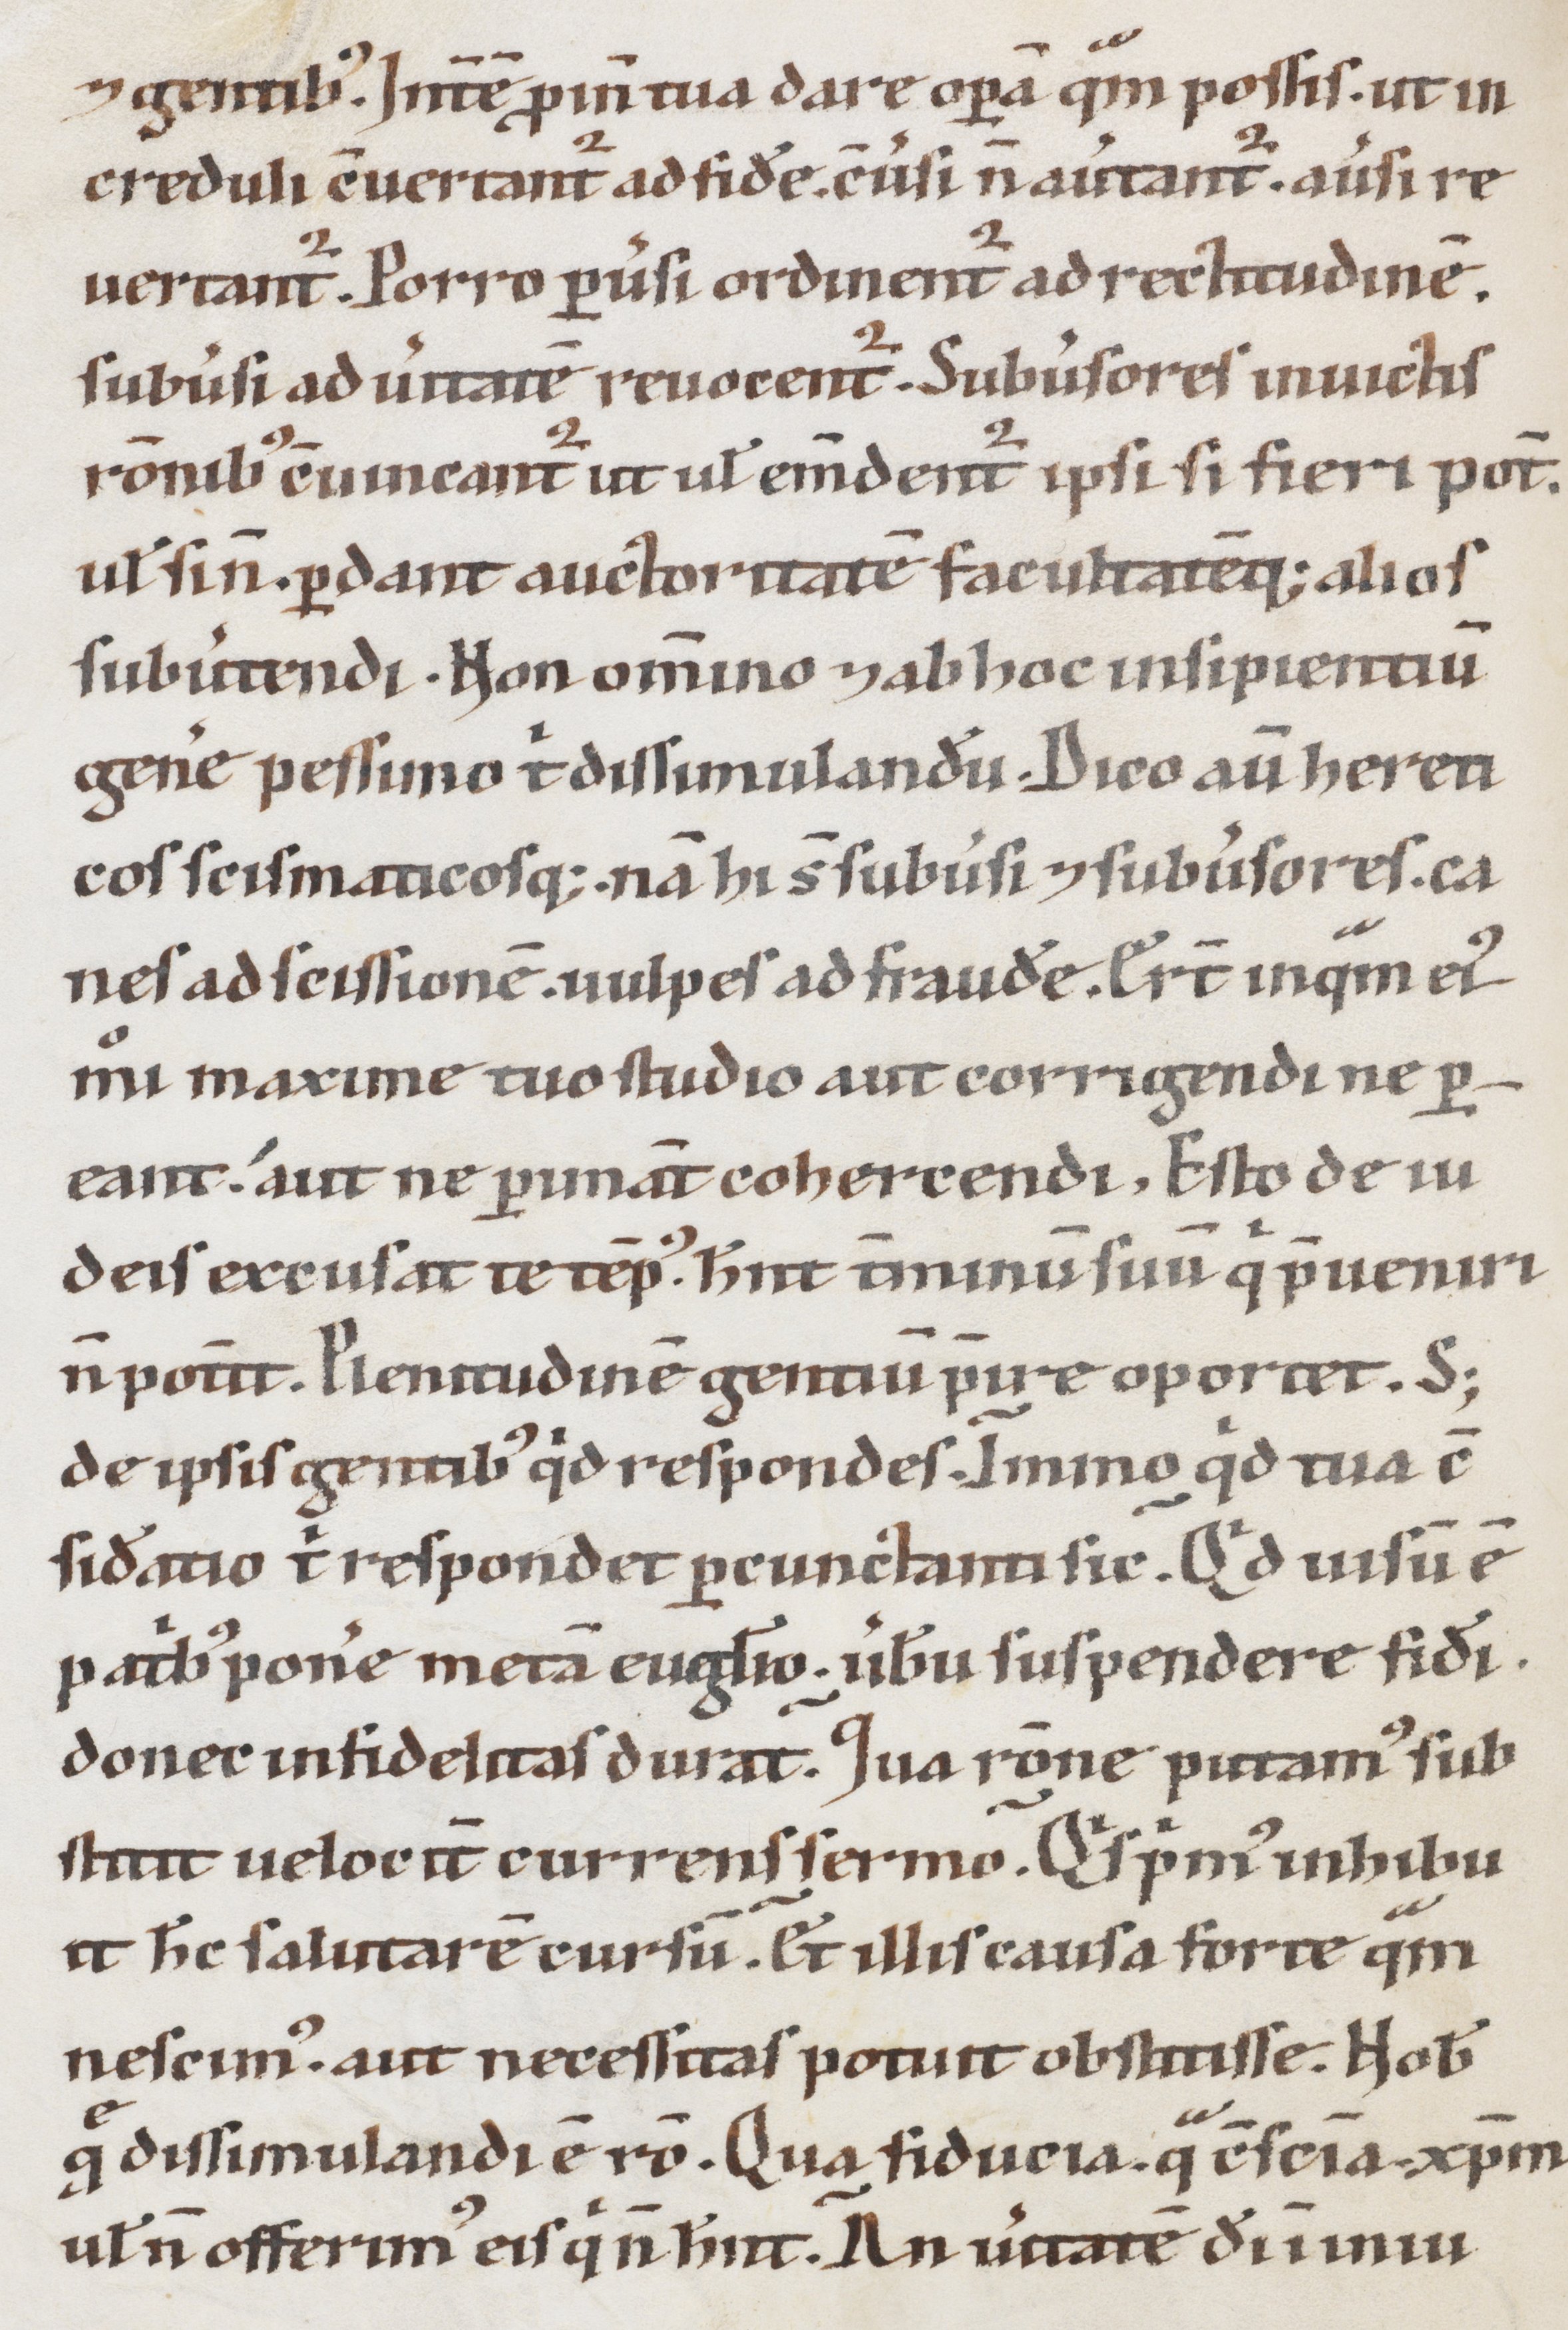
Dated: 1100–1199